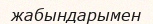
жабындарымен